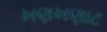
ખણખણાટ